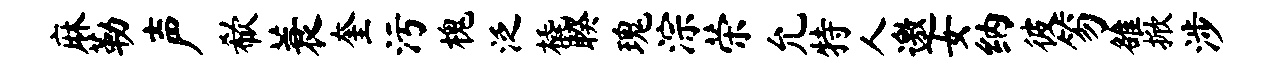
麻勒声欷蓑奎污槐泛橇睽瑰淙荣允特人邀女纳彼笏雒掀涉